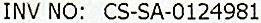
INV NO: CS-SA-0124981